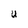
Character: U